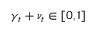
\gamma _ { t } + \nu _ { t } \in [ 0 , 1 ]